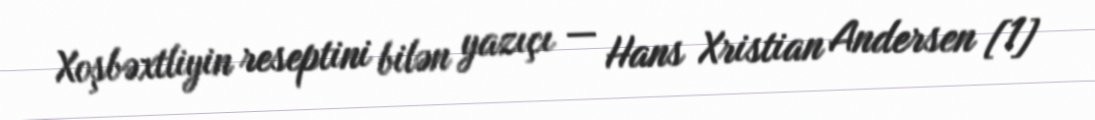
Xoşbəxtliyin reseptini bilən yazıçı — Hans Xristian Andersen [1]